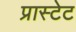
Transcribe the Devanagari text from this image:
प्रास्टेट